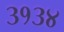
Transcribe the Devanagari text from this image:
३१३४